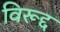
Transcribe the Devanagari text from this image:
विरूद्द